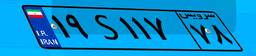
۲۹S۱۴۱۱۶